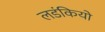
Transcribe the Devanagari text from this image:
लडंकियो